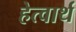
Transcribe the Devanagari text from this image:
हेत्वार्थ